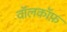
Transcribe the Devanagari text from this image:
वॉलकॉफ़